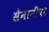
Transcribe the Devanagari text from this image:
सेनानींवर